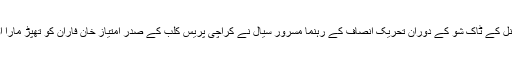
گزشتہ دنوں نجی ٹی وی چینل کے ٹاک شو کے دوران تحریک انصاف کے رہنما مسرور سیال نے کراچی پریس کلب کے صدر امتیاز خان فاران کو تھپڑ مارا اور انہیں تشدد کا نشانہ بنایا۔